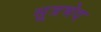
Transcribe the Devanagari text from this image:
सूत्रभेद